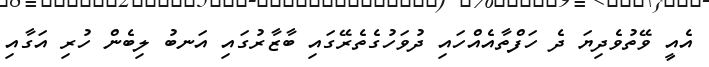
އެއީ ވޭތުވެދިޔަ ދެ ހަފްތާއެއްހައި ދުވަހުގެތެރޭގައި ބާޒާރުގައި އަނބު ލިބެން ހުރި އަގާއި